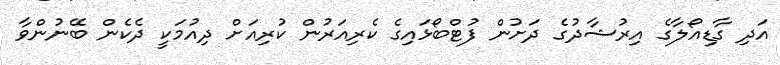
އަދި ގާޑިއޯލާގެ އިރުޝާދުގެ ދަށުން ފުޓްބޯޅައިގެ ކެރިއަރުން ކުރިއަށް ދިއުމަކީ ދެކެން ބޭނުންވާ